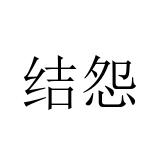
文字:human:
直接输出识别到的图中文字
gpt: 结怨